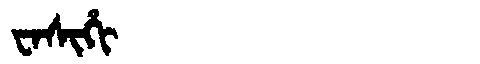
Manchu: ᠸᠠᠰᡳᡥᡳ
Romanization: WASIHI